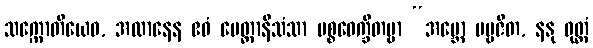
သက္ကောတိယေဝ, အထာနေန ဧဝံ မေတ္တာနိသံသာ ပစ္စဝေက္ခိတဗ္ဗာ “အမ္ဘော ပဗ္ဗဇိတ, နနု ဝုတ္တံ